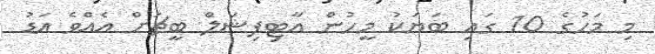
މި މަހުގެ 10 ގައި ބަޔަކު މީހުން އާޓިފިޝަލް ބީޗަށް އެއްވެ އަޑު